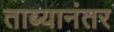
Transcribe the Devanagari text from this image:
ताब्यानंतर